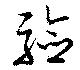
験